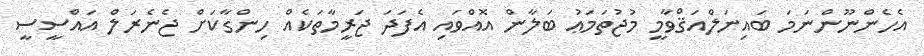
އެހެންނޫންނަމަ ބައިނަލްއަޤްވާމީ މުޖުތަމަޢު ބަލާން އޮއްވައި އެފަދަ ޖަރީމާތަކެއް ހިންގާކަށް ޖެނެރަލް އައްސީސީ